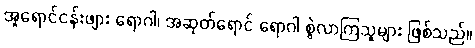
အူရောင်ငန်းဖျား ရောဂါ၊ အဆုတ်ရောင် ရောဂါ စွဲလာကြသူများ ဖြစ်သည်။